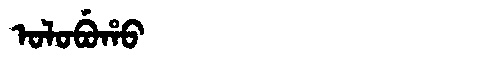
Manchu: ᠣᠯᠣᠪᡠᡥᠣ
Romanization: OLOBUHO